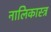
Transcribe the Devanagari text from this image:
नालिकास्‍त्र